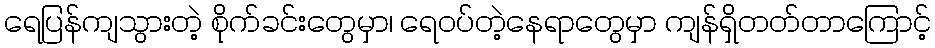
ရေပြန်ကျသွားတဲ့ စိုက်ခင်းတွေမှာ၊ ရေဝပ်တဲ့နေရာတွေမှာ ကျန်ရှိတတ်တာကြောင့်